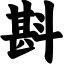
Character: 斟